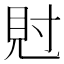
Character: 䙸